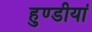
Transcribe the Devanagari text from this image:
हुण्डीयां